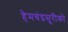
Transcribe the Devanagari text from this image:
हेमचंद्रसूरीको